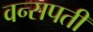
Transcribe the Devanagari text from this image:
वन्सपती